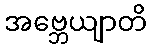
အဗ္ဘေယျာတိ